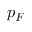
p _ { F }